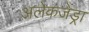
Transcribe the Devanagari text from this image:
अलेकजेंड्रा